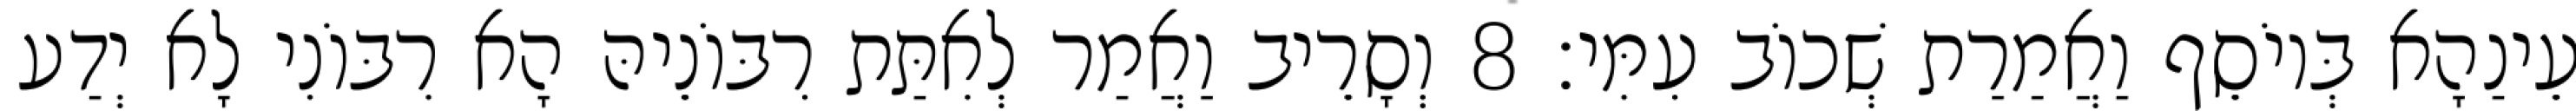
עֵינַהָא בְּיוֹסֵף וַאֲמַרַת שְׁכוֹב עִמִּי׃ 8 וְסָרֵיב וַאֲמַר לְאִתַּת רִבּוֹנֵיהּ הָא רִבּוֹנִי לָא יְדַע